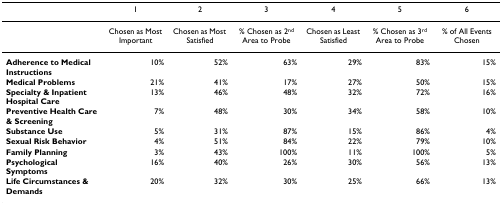
<table><thead><tr><td></td><td><b>1</b></td><td><b>2</b></td><td><b>3</b></td><td><b>4</b></td><td><b>5</b></td><td><b>6</b></td></tr></thead><tbody><tr><td></td><td>Chosen as Most Important</td><td>Chosen as Most Satisfied</td><td>% Chosen as 2<sup>nd </sup>Area to Probe</td><td>Chosen as Least Satisfied</td><td>% Chosen as 3<sup>rd </sup>Area to Probe</td><td>% of All Events Chosen</td></tr><tr><td><b>Adherence to Medical Instructions</b></td><td>10%</td><td>52%</td><td>63%</td><td>29%</td><td>83%</td><td>15%</td></tr><tr><td><b>Medical Problems</b></td><td>21%</td><td>41%</td><td>17%</td><td>27%</td><td>50%</td><td>15%</td></tr><tr><td><b>Specialty &amp; Inpatient Hospital Care</b></td><td>13%</td><td>46%</td><td>48%</td><td>32%</td><td>72%</td><td>16%</td></tr><tr><td><b>Preventive Health Care &amp; Screening</b></td><td>7%</td><td>48%</td><td>30%</td><td>34%</td><td>58%</td><td>10%</td></tr><tr><td><b>Substance Use</b></td><td>5%</td><td>31%</td><td>87%</td><td>15%</td><td>86%</td><td>4%</td></tr><tr><td><b>Sexual Risk Behavior</b></td><td>4%</td><td>51%</td><td>84%</td><td>22%</td><td>79%</td><td>10%</td></tr><tr><td><b>Family Planning</b></td><td>3%</td><td>43%</td><td>100%</td><td>11%</td><td>100%</td><td>5%</td></tr><tr><td><b>Psychological Symptoms</b></td><td>16%</td><td>40%</td><td>26%</td><td>30%</td><td>56%</td><td>13%</td></tr><tr><td><b>Life Circumstances &amp; Demands</b></td><td>20%</td><td>32%</td><td>30%</td><td>25%</td><td>66%</td><td>13%</td></tr></tbody></table>